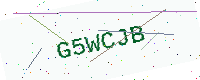
Text: G5WCJB